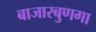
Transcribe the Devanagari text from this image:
बाजारबुणगा